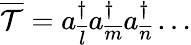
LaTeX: {\overline{{\cal{T}}}}=a_{\overline{l}}^{\dagger}a_{\overline{m}}^{\dagger}a_{\overline{n}}^{\dagger}\ldots